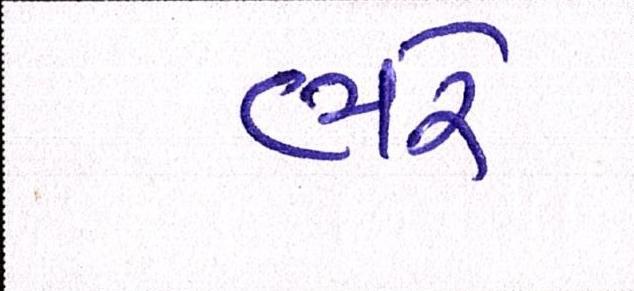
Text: ભરે